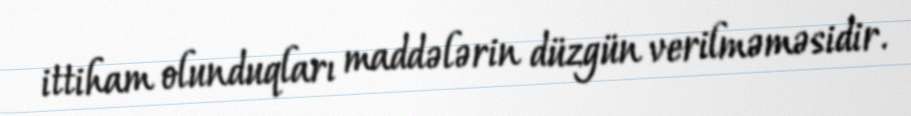
ittiham olunduqları maddələrin düzgün verilməməsidir.